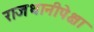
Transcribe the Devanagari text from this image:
राजधानीपेक्षा